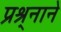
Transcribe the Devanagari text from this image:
प्रश्र्नाने